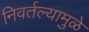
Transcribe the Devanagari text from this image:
निवर्तल्यामुळे